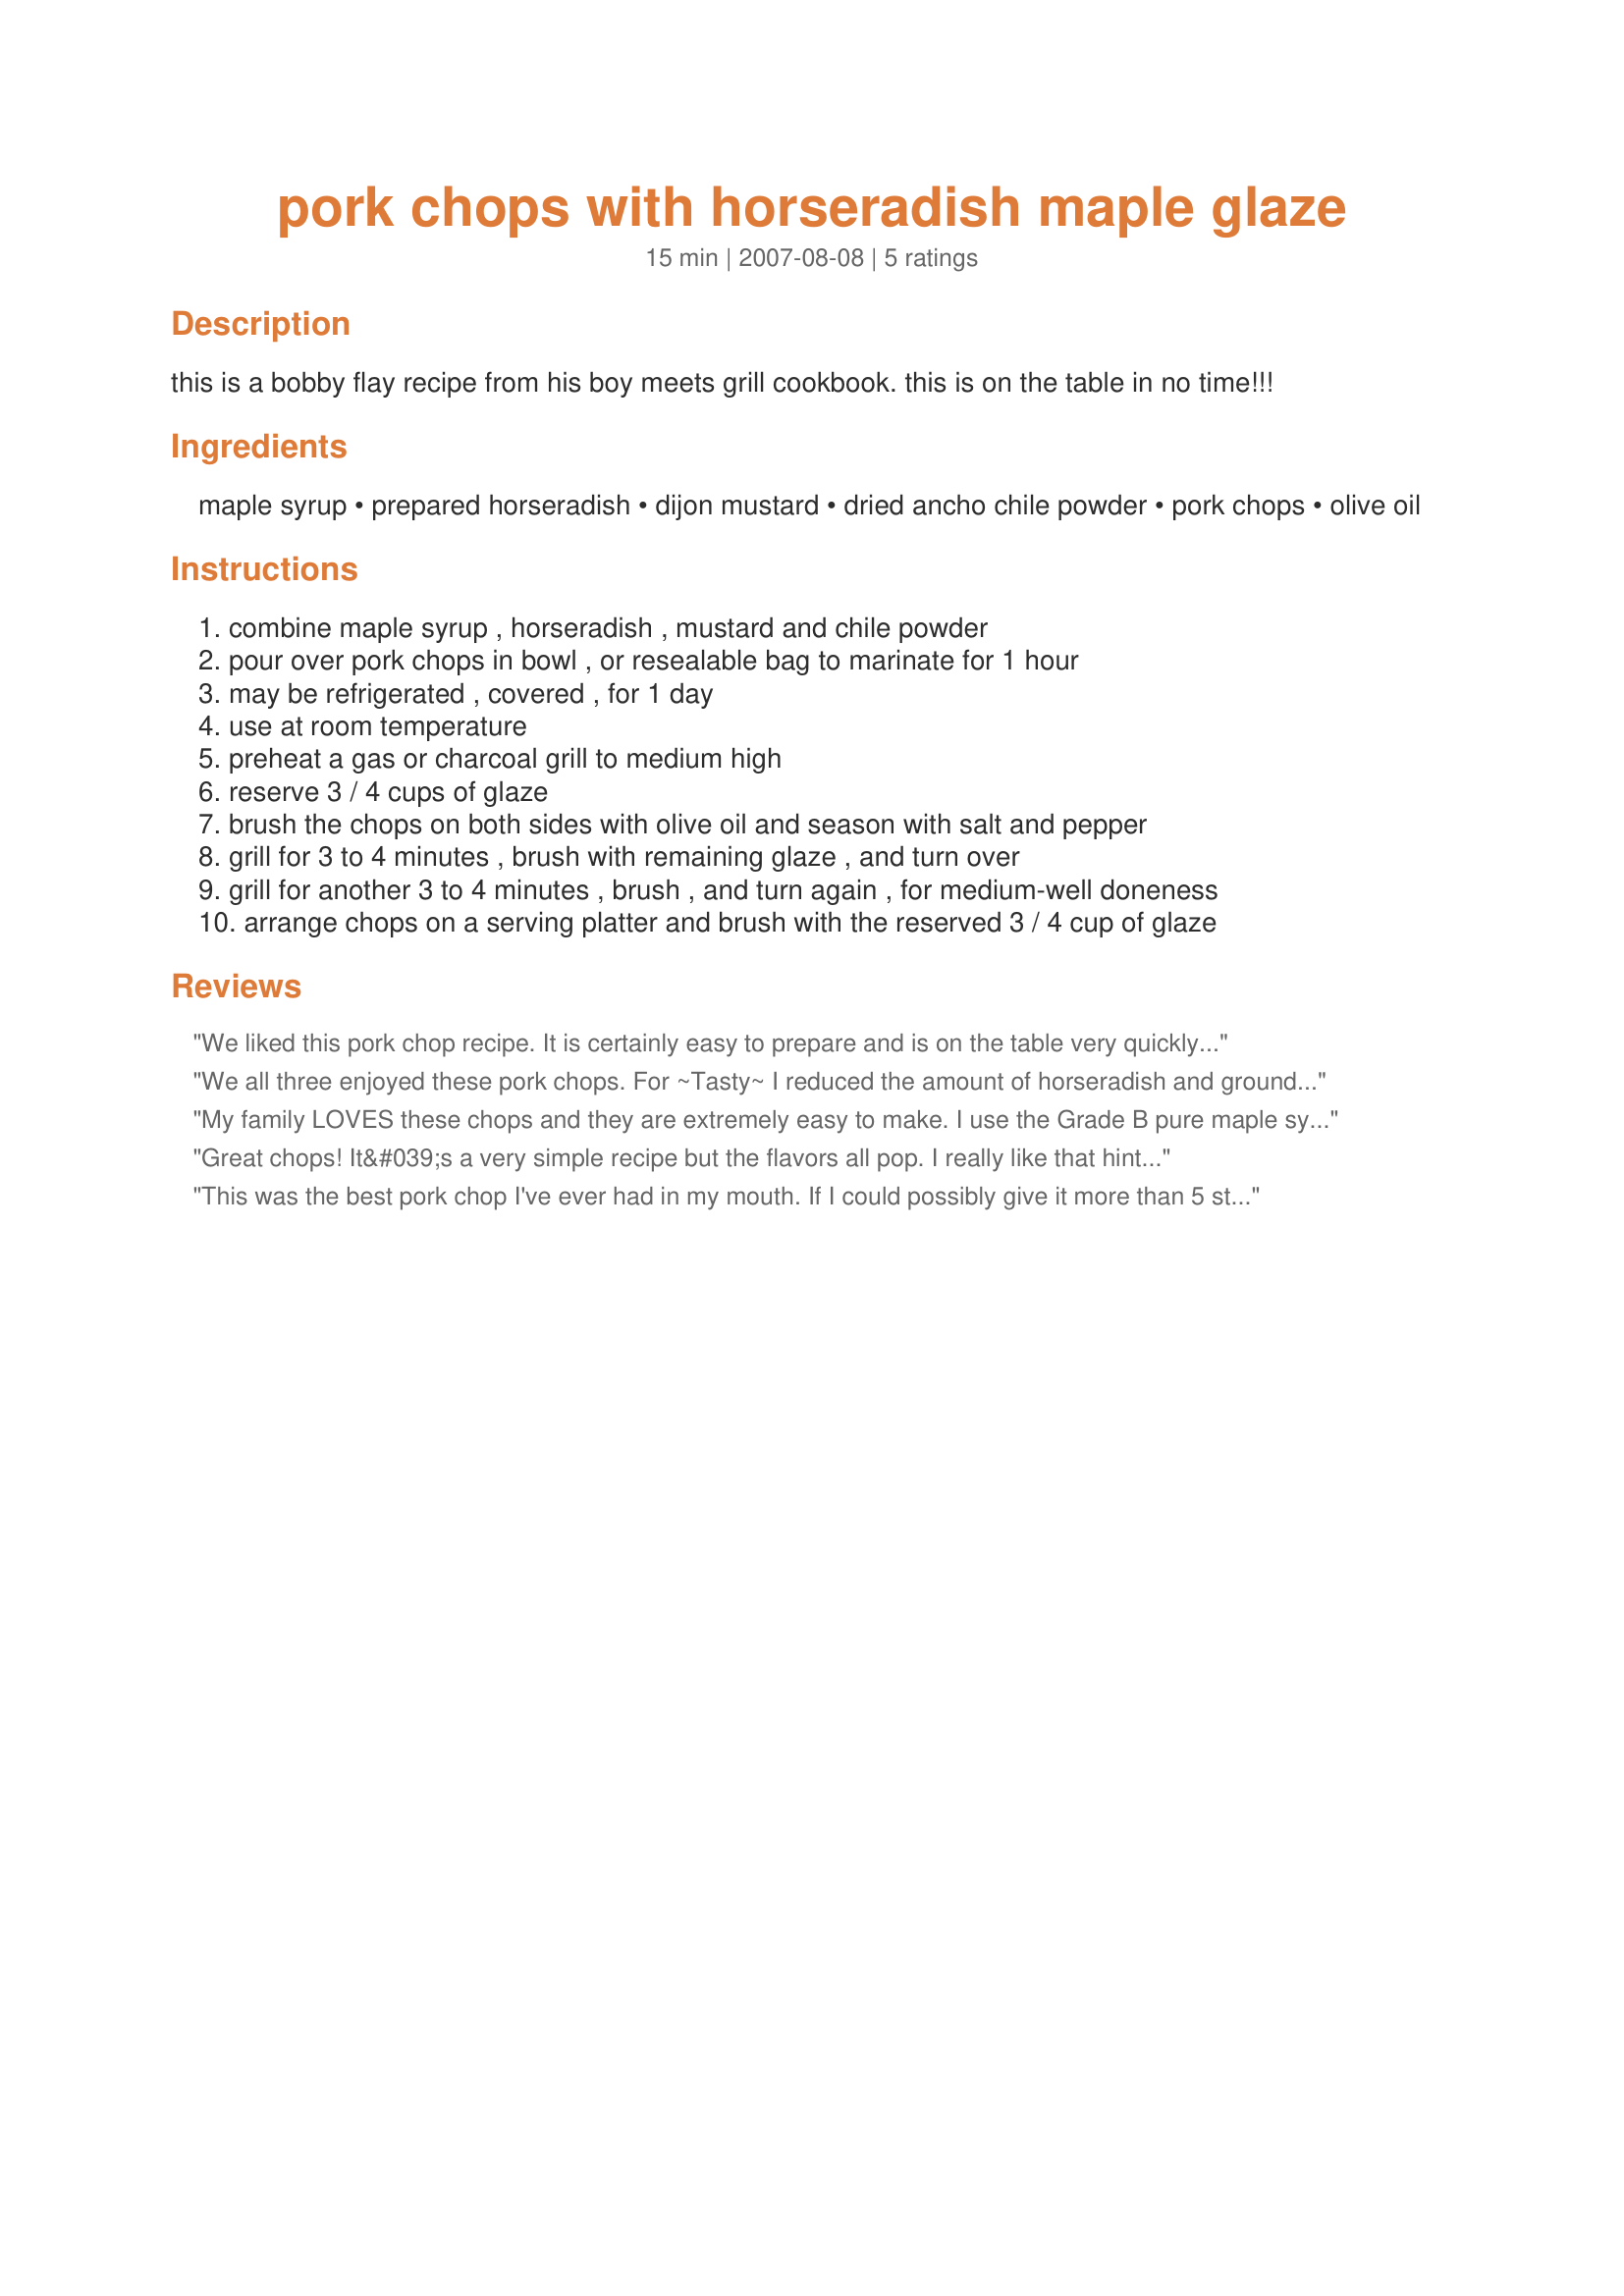
pork chops with horseradish maple glaze
Preparation time: 15 minutes

this is a bobby flay recipe from his boy meets grill cookbook. this is on the table in no time!!!

Ingredients:
maple syrup, prepared horseradish, dijon mustard, dried ancho chile powder, pork chops, olive oil

Steps:
combine maple syrup , horseradish , mustard and chile powder
pour over pork chops in bowl , or resealable bag to marinate for 1 hour
may be refrigerated , covered , for 1 day
use at room temperature
preheat a gas or charcoal grill to medium high
reserve 3 / 4 cups of glaze
brush the chops on both sides with olive oil and season with salt and pepper
grill for 3 to 4 minutes , brush with remaining glaze , and turn over
grill for another 3 to 4 minutes , brush , and turn again , for medium-well doneness
arrange chops on a serving platter and brush with the reserved 3 / 4 cup of glaze

Reviews:
We liked this pork chop recipe. It is certainly easy to prepare and is on the table very quickly. I halved the ingredients to suit 4 pork chops, but otherwise followed the instructions as posted.
We all three enjoyed these pork chops. For ~Tasty~ I reduced the amount of horseradish and ground ancho. I would skip the last brushing of the marinade to avoid contamination from the raw meat. (Call me overcautious.) Served with grilled corn on the cob, green beans, Middle Eastern-inspired pasta salad, gazpacho. We traveled the world today with our meal! Prepared for CQ 2015.
My family LOVES these chops and they are extremely easy to make. I use the Grade B pure maple syrup from Trader Joe's. It gives it a wonderful maple flavor with the underlying hint of the horseradish. EXCELLENT!!!
Great chops! It&#039;s a very simple recipe but the flavors all pop. I really like that hint of horseradish - in fact I upped the amount just a tad! We were out of gas for the grill, so we pan-fried the chops. Still great! Made for Culinary Quest 2 by a Toasted Tourist.
This was the best pork chop I've ever had in my mouth. If I could possibly give it more than 5 stars, I would. I added a couple of drops of hot sauce to this along (Frank's Red Hot and Pickapepper)for a little added heat. This will become another mainstay in my recipe book. Thanks so much for sharing, <b>Charmie</b>!
